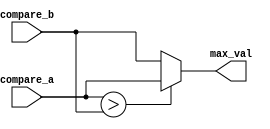
module max_compare (compare_a, compare_b, max_val);

    // Parameters
    parameter WIDTH = 8;

    // Port connections
    input signed [WIDTH-1:0] compare_a, compare_b;
    output signed [WIDTH-1:0] max_val;

assign max_val = (compare_a > compare_b) ? (compare_a) : (compare_b);

endmodule